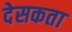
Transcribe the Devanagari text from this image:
देसकता